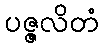
ပဇ္ဇလိတံ